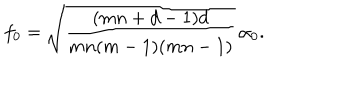
f _ { 0 } = \sqrt { \frac { ( m n + d - 1 ) d } { m n ( m - 1 ) ( m n - 1 ) } } \, \alpha _ { 0 } .